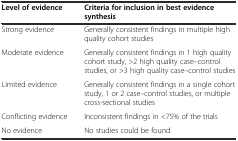
| Level of evidence | Criteria for inclusion in best evidence synthesis |
 | --- | --- |
 | Strong evidence | Generally consistent findings in multiple high quality cohort studies |
 | Moderate evidence | Generally consistent findings in 1 high quality cohort study, >2 high quality case–control studies, or >3 high quality case–control studies |
 | Limited evidence | Generally consistent findings in a single cohort study, 1 or 2 case–control studies, or multiple cross-sectional studies |
 | Conflicting evidence | Inconsistent findings in <75% of the trials |
 | No evidence | No studies could be found |